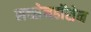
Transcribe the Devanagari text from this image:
सच्सेनहॉसेन